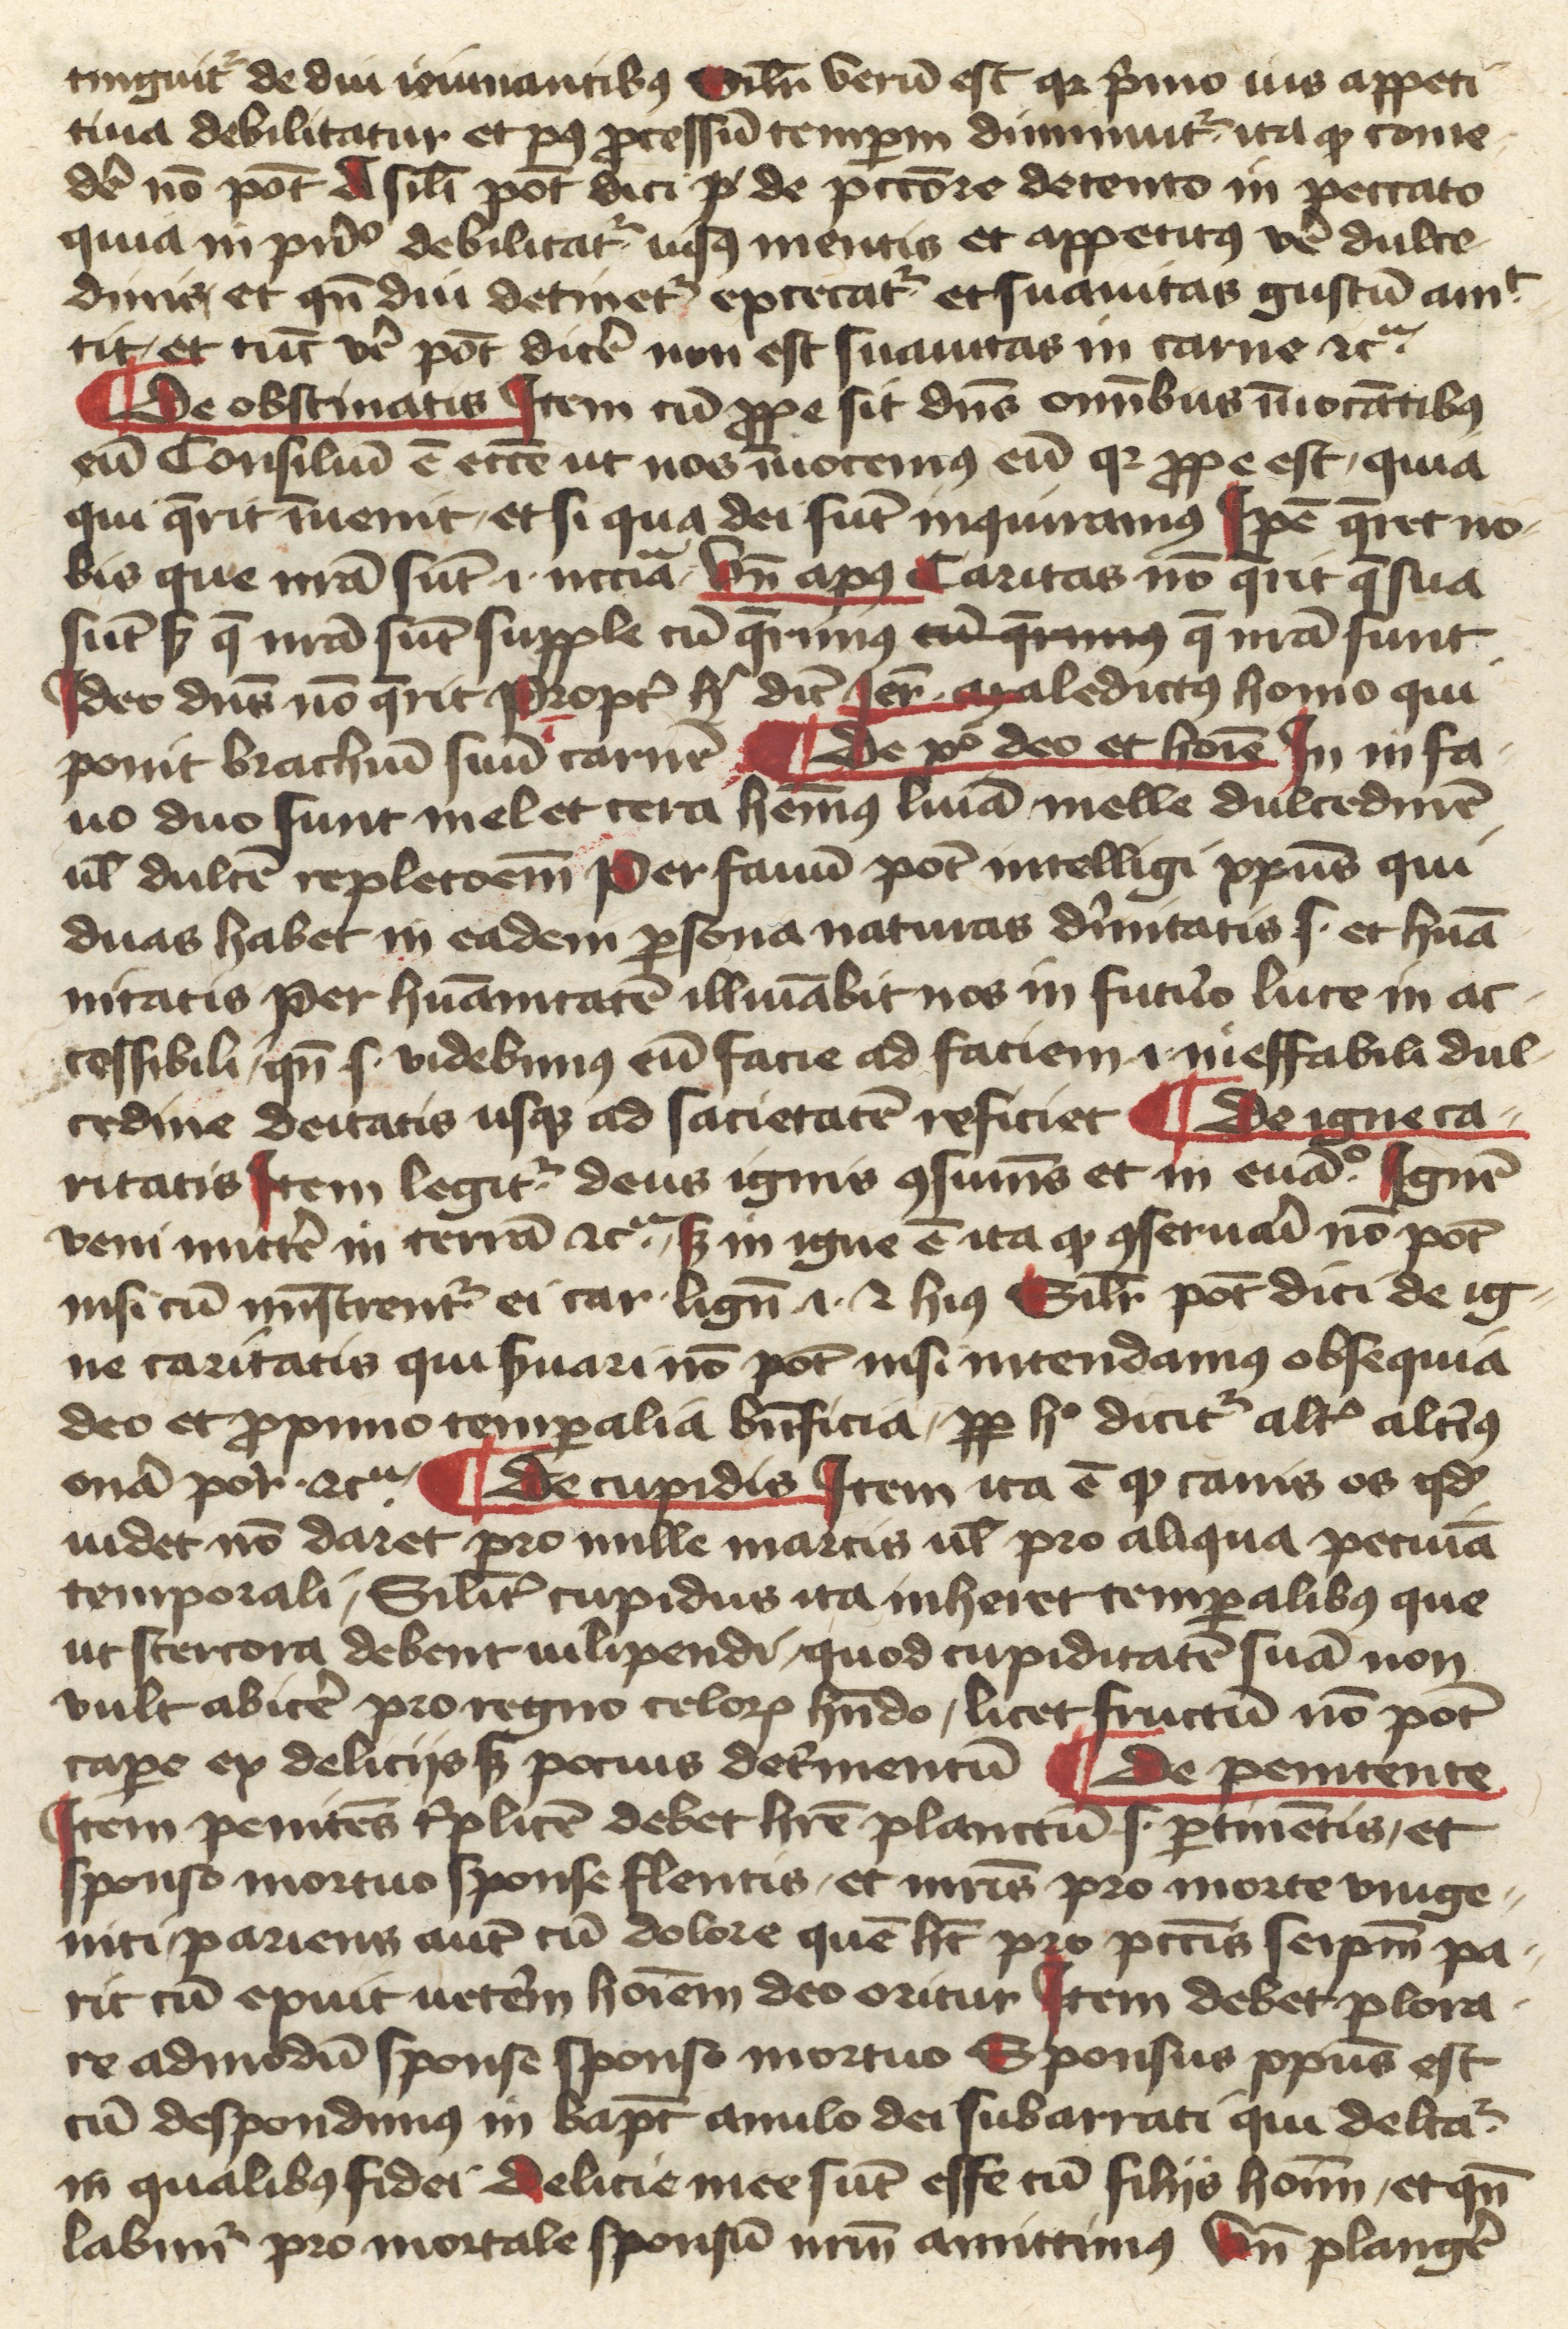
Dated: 1400–1430